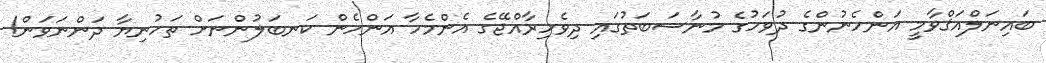
ބައިނަލްއަޤްވާމީ އަންހެނުންގެ ދުވަހުގެ މުނާސަބަތުގައި ދިވެހިރާއްޖޭގެ އެންމެހާ އަންހެން ކަނބަލުންނަށް ތަހުނިޔާ ދަންނަވަން!